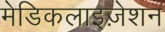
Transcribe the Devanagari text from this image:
मेडिकलाइज़ेशन